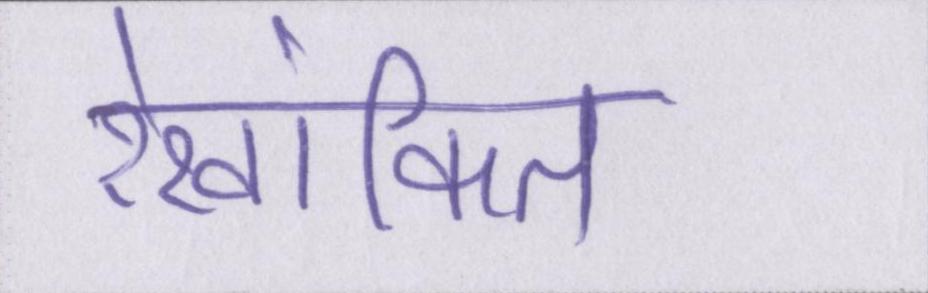
रेखांकित